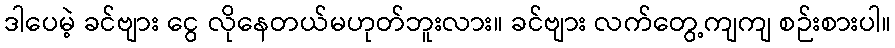
ဒါပေမဲ့ ခင်ဗျား ငွေ လိုနေတယ်မဟုတ်ဘူးလား။ ခင်ဗျား လက်တွေ့ကျကျ စဉ်းစားပါ။